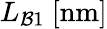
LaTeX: L_{\mathcal{B}1}~[\mathrm{nm}]